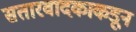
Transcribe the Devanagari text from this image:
सतारवादकाकडून